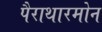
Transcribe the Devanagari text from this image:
पैराथारमोन